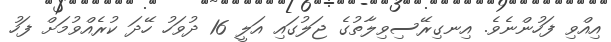
އިއްވި ފަހުންނެވެ. އިނގިރޭސިވިލާތުގެ ޖަލުގައި އަލީ 16 ދުވަހު ހޭދަ ކުރެއްވުމަށް ފަހު